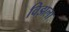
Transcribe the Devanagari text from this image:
विझला